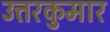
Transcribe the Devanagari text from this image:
उत्तरकुमार